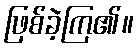
ဖြစ်ခဲ့ကြ၏။